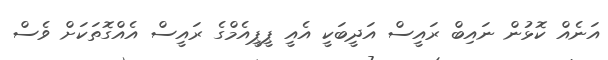
އަނެއް ކޮޅުން ނައިބް ރައީސް އަދީބަކީ އެއީ ޕީޕީއެމްގެ ރައީސް އެއްގޮތަކަށް ވެސް